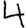
Digit: 4